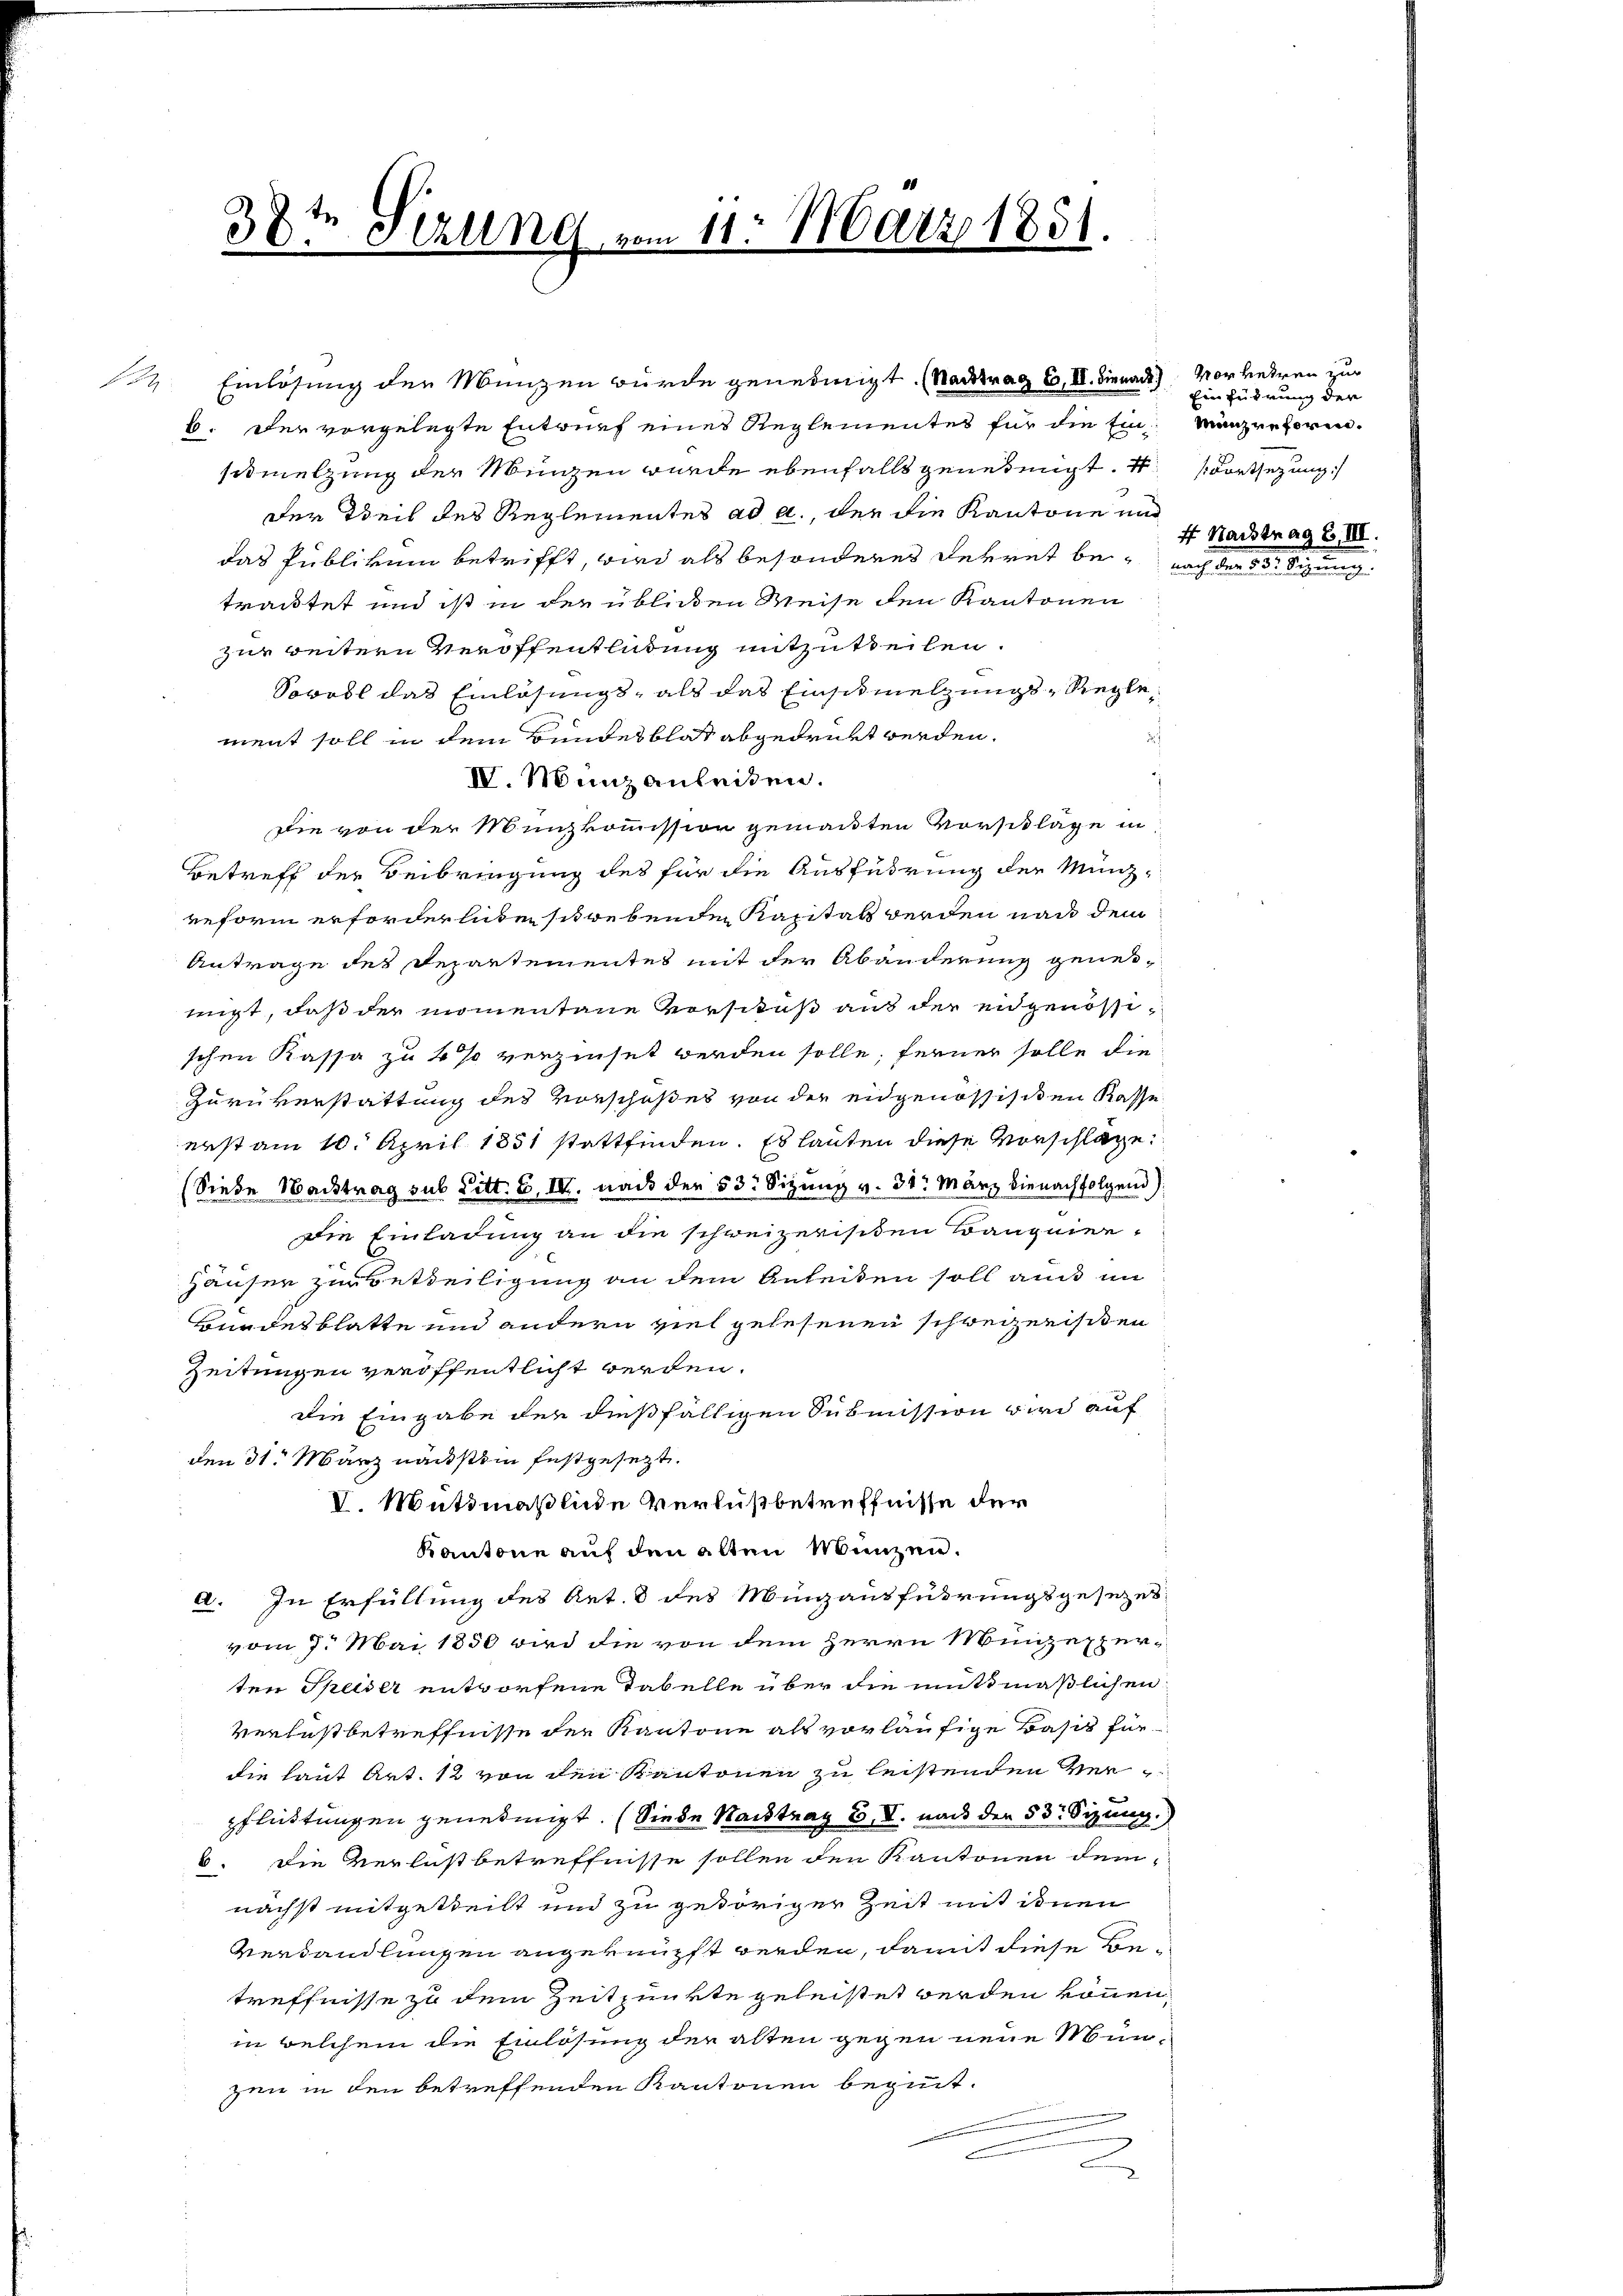
d
t
30: Sitzung vom 11. März 1851.
d

simelzung der Münzen wurde ebenfalls genehmigt. Fortsezung
Der Weil des Reglementes ad a., der die Kantone und
das Publikum betrifft, wird als besonderes Dekret bei nach der 55 Sitzung
trautet und ist in der üblichen Weise den Kantonen
zur weitern Veroffentlichung mitzutheilen.
Sowohl das Einlösungs, als das Einschmelzungs-Reglement soll in dem Bundesblat abgedrückt werden.
s
IV. Münz anleiten.
Die von der Münzkommission gemachten Vorschläge in
Betreff der Beibringung des für die Ausführung der Münzreform erforderlide strebenden Kapitals werden nach dem
Antrage des Departementes mit der Abänderung genei-
teigt, daß der momentane Vorschuß aus der eidgenössischen Kassa zu 4% verzinset werden solle; ferner solle die
Zurükerstattung des Vorschußes von der eidgenössisiten Kasse
erst am 10. April 1851 stattfinden. Es lauten diese Vorschläge
(Siebe Nachtrag sub Litt. B. IV. nach der 53: Sizung v. 31t März bienachfolgend
die Einladung an die schweizerischen Baugeier-
Häuser zur Beteiligung an dem Anleiten soll auch im
Bundesblatte und andern viel gelesenen schweizerisiden
Zeitungen veröffentlicht werden.
die Eingabe der dießfälligen Submission wird auf
den 31. März nächstein festgesezt.
V. Mütdmaßlinde Verlustbetreffnisse der
Kantone auf den alten Münzen.
a. In Erfüllung des Art. 8 des Minausführungsgesezes
vom 7. Mai 1850 wird die von dem Herrn Münzexperten Theiser entworfene Tabelle über die mitmaßlichen
Verlustbetreffnisse der Kantone als vorläufige Basis für
die laut Art. 12 von den Kantonen zu leistenden Verpflüdtungen genehmigt. (Siede Nachtrag u. V. nach den 53. Sizung.)
6. Die Verlustbetreffnisse sollen den Kantonen dem-
nächst mitgetheilt und zu gehöriger Zeit mit ihnen
Verhandlungen angeknüpft werden, damit diese Betreffnisse zu dem Zeitpunkte geleistet werden können,
in welchem die Einlösung der alten gegen neue Mün-
zen in den betreffenden Kantonen beginnt.

14. Einlösung der Menzen würde genehmigt. (Stadtrag E, II. Dienach Vorkehren zur
b. Der vorgelegte Entwurf eines Reglementes für die Ein Münzerhören.

Einführung der
f Nachtrag B III.